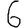
Digit: 6